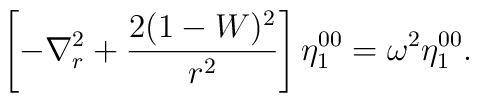
\left[ -\nabla_r^2 + \frac{2(1-W)^2}{r^2} \right] \eta_{1}^{00}=\omega^2 \eta_{1}^{00}.